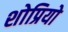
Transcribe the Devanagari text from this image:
शोप्रियो